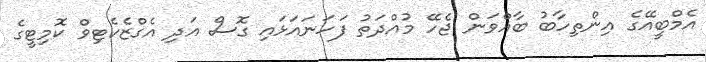
އެމްބީއޭގެ އިންތިހާބު ބާއްވަން ޖެހޭ މުއްދަތު ފަހަނައަޅައި ގޮސް އަދި އެގްޒެކެޓިވް ކޮމިޓީގެ